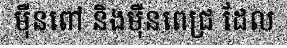
ម៉ឺនពៅ និងម៉ឺនពេជ្រ ដែល